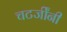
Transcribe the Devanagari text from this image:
चटर्जींनी